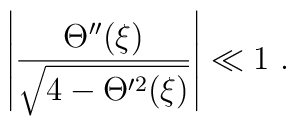
\left|\frac{\Theta''(\xi)}{\sqrt{4-\Theta^{\prime2}(\xi)}}\right|\ll1\ .